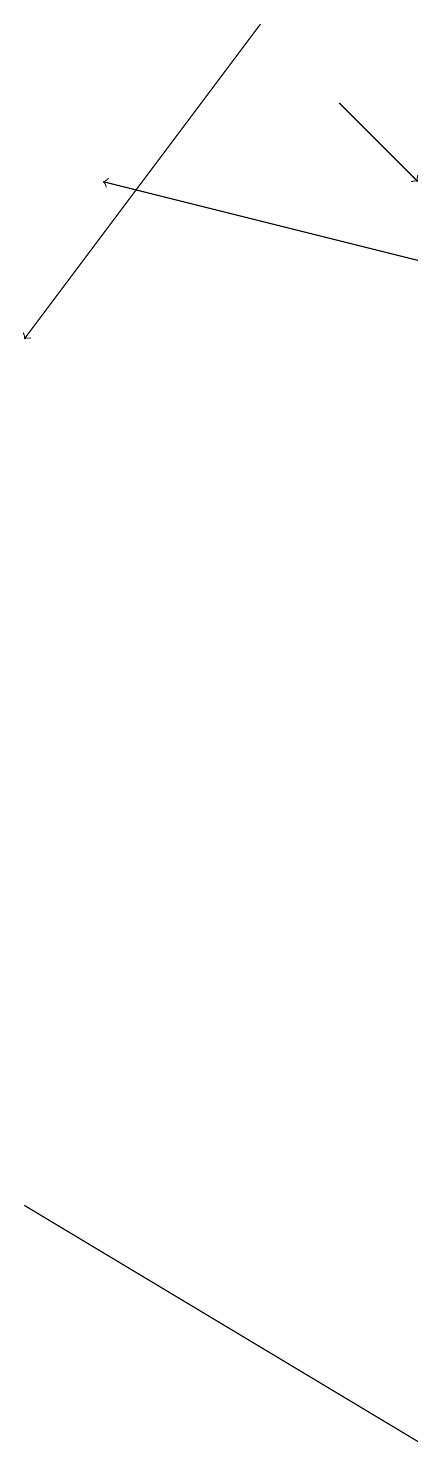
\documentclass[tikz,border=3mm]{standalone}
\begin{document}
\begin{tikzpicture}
\draw (5,1) -- (0,4) -- (0,4) -- cycle;
\draw[->] (3,19) -- (0,15);
\draw[->] (5,16) -- (1,17);
\draw[->] (4,18) -- (5,17);
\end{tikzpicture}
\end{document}